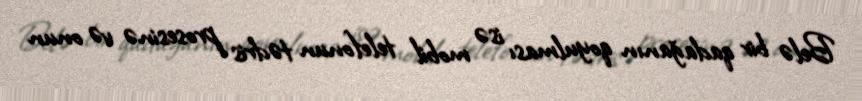
Belə bir qadağanın qoyulması isə mobil telefonun tədris prosesinə və onun